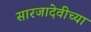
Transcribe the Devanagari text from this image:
सारजादेवीच्या